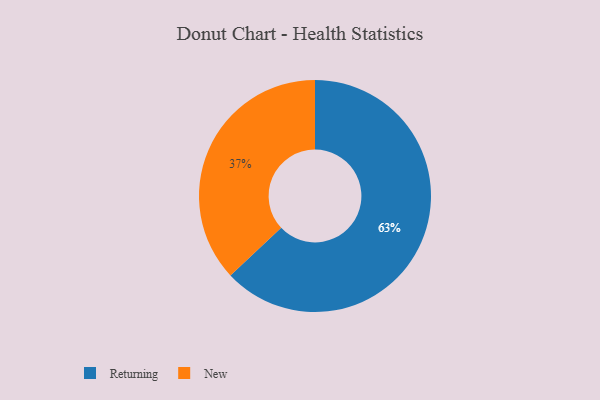
{"axis": {"x": "Category", "y": "Percentage"}, "legend": ["New", "Returning"], "data": [{"x": "New", "y": 37, "type": "New"}, {"x": "Returning", "y": 63, "type": "Returning"}]}